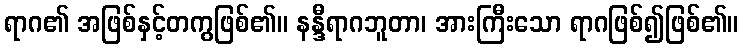
ရာဂ၏ အဖြစ်နှင့်တကွဖြစ်၏။ နန္ဒီရာဂဘူတာ၊ အားကြီးသော ရာဂဖြစ်၍ဖြစ်၏။